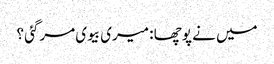
میں نے پوچھا : میری بیوی مرگئی ؟